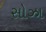
સોઝા